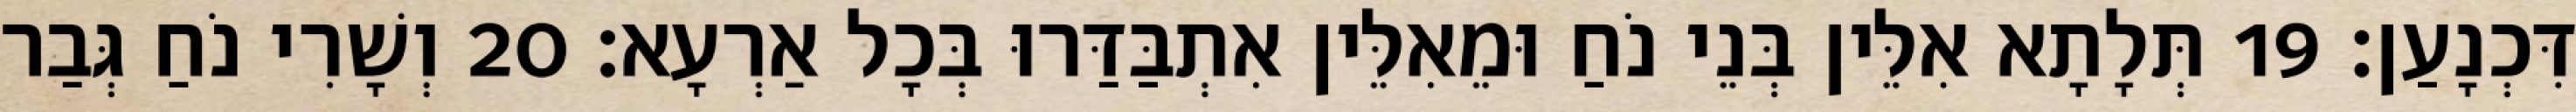
דִּכְנָעַן׃ 19 תְּלָתָא אִלֵּין בְּנֵי נֹחַ וּמֵאִלֵּין אִתְבַּדַּרוּ בְּכָל אַרְעָא׃ 20 וְשָׁרִי נֹחַ גְּבַר